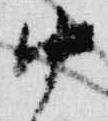
中